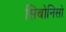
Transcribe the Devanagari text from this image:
सिबोनिसो